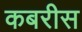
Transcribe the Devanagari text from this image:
कबरीस